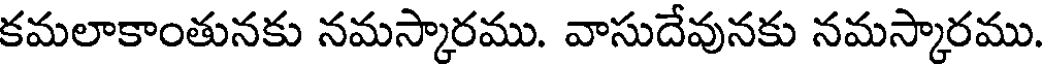
కమలాకాంతునకు నమస్కారము. వాసుదేవునకు నమస్కారము.